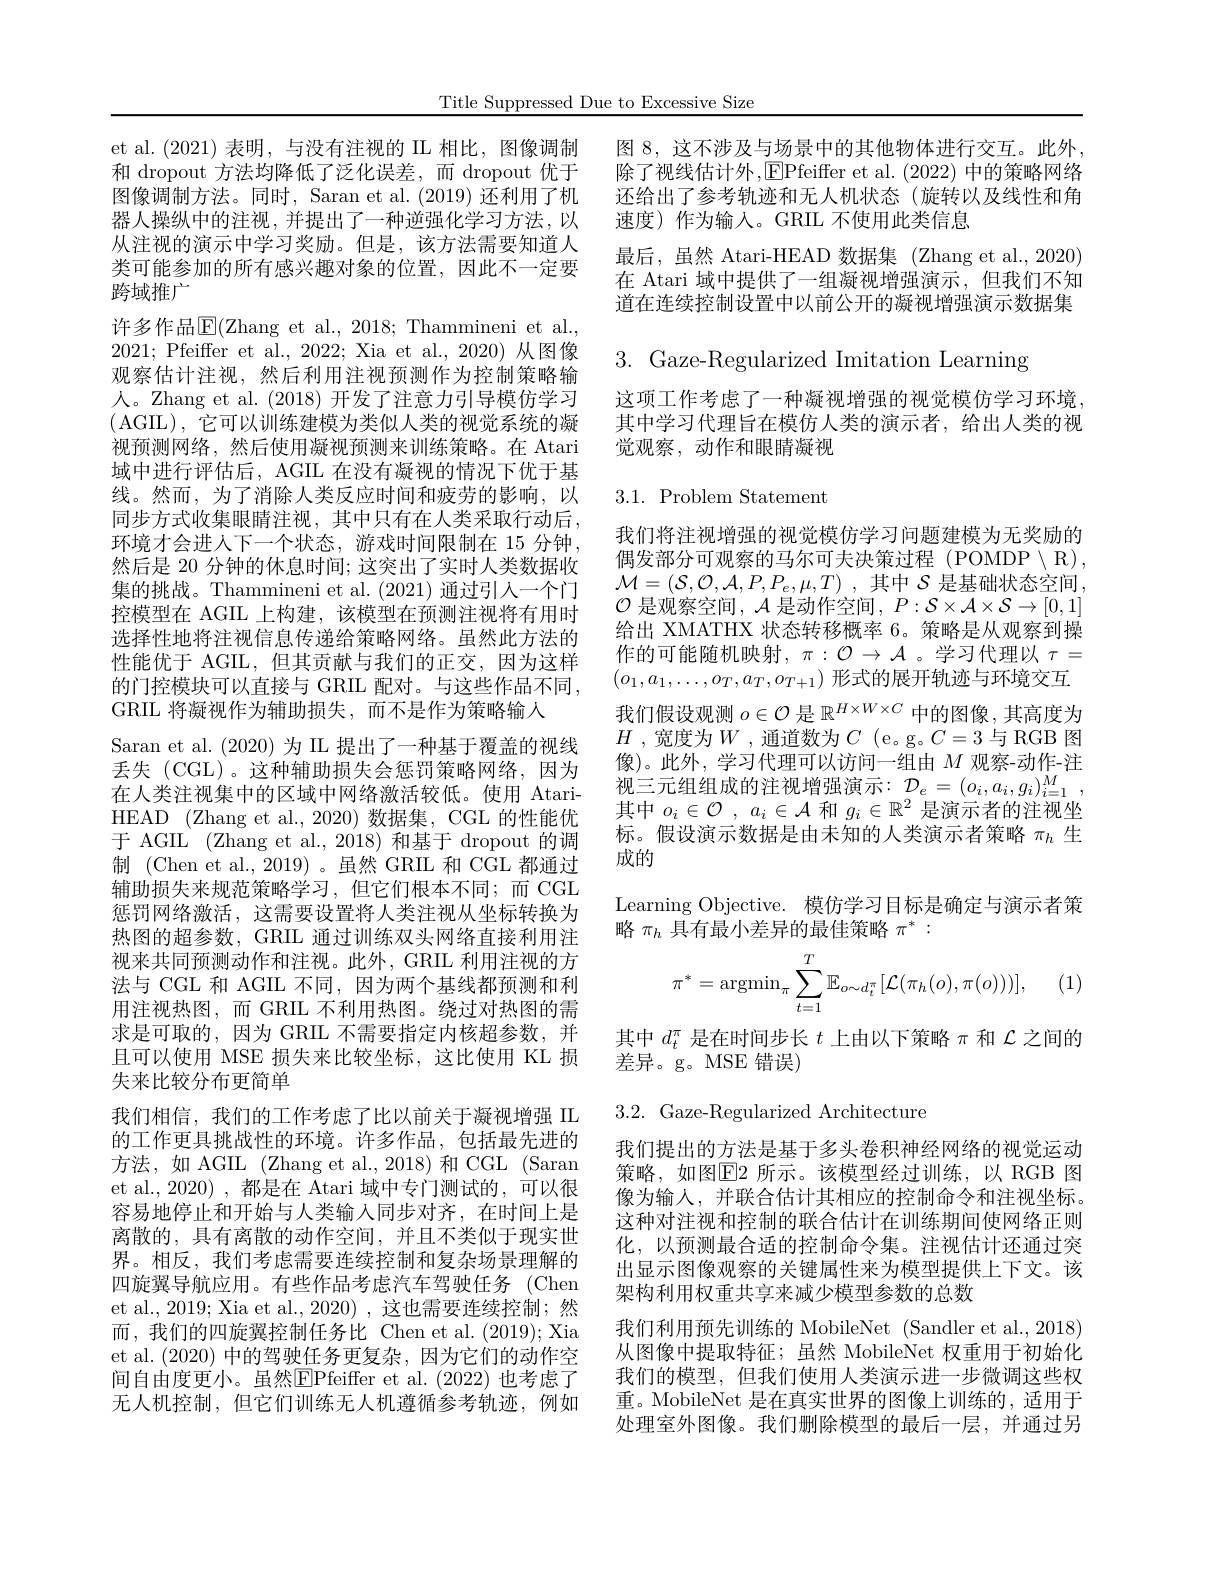
Title Suppressed Due to Excessive Size

et al.(2021)表明，与没有注视的 IIL 相比，图像调制和 dropout 方法均降低了泛化误差，而 dropout 优于图像调制方法。同时，Saran et al. (2019)还利用了机器人操纵中的注视，并提出了一种逆强化学习方法，以从注视的演示中学习奖励。但是，该方法需要知道人类可能参加的所有感兴趣对象的位置，因此不一定要跨域推广
许多作品$\operatorname{\overline{\mathrm{E}}}($Zhang et al., 2018; Thammineni et al., 2021;Pfeiffer et al.,2022; Xia et al.,2020)从图像观察估计注视，然后利用注视预测作为控制策略输人。Zhang et al. (2018) 开发了注意力引导模仿学习(AGIL), 它可以训练建模为类似人类的视觉系统的凝视预测网络，然后使用凝视预测来训练策略。在 Atari 域中进行评估后，AGIL 在没有凝视的情况下优于基线。然而，为了消除人类反应时间和疲劳的影响，以同步方式收集眼睛注视，其中只有在人类采取行动后， 环境才会进人下一个状态，游戏时间限制在 15 分钟， 然后是 20 分钟的休息时间；这突出了实时人类数据收集的挑战。Thammineni et al. (2021) 通过引人一个门控模型在 AGIL 上构建，该模型在预测注视将有用时选择性地将注视信息传递给策略网络。虽然此方法的性能优于 AGIL,但其贡献与我们的正交，因为这样的门控模块可以直接与 GRIL 配对。与这些作品不同， GRIL 将凝视作为辅助损失，而不是作为策略输入
Saran et al. (2020)为 II 提出了一种基于覆盖的视线丢失(CGL)。这种辅助损失会惩罚策略网络，因为在人类注视集中的区域中网络激活较低。使用 AtariHEAD (Zhang et al., 2020) 数据集，CGL 的性能优于 AGIL (Zhang et al.,2018)和基于 dropout 的调制 (Chen et al., 2019)。虽然 GRIL 和 CGL 都通过辅助损失来规范策略学习，但它们根本不同；而 CGL 惩罚网络激活，这需要设置将人类注视从坐标转换为热图的超参数，GRIL 通过训练双头网络直接利用注视来共同预测动作和注视。此外，GRIL 利用注视的方法与 CGL 和 AGIL 不同，因为两个基线都预测和利用注视热图，而 GRIL 不利用热图。绕过对热图的需求是可取的，因为 GRIL 不需要指定内核超参数，并且可以使用 MSE 损失来比较坐标，这比使用 KL 损失来比较分布更简单
我们相信，我们的工作考虑了比以前关于凝视增强 IIL 的工作更具挑战性的环境。许多作品，包括最先进的方法，如 AGIL (Zhang et al., 2018) 和 CGL (Saran et al., 2020) , 都是在 Atari 域中专门测试的，可以很容易地停止和开始与人类输入同步对齐，在时间上是离散的，具有离散的动作空间，并且不类似于现实世界。相反，我们考虑需要连续控制和复杂场景理解的四旋翼导航应用。有些作品考虑汽车驾驶任务 (Chen et al., 2019; Xia et al., 2020) ,这也需要连续控制；然而，我们的四旋翼控制任务比 Chen et al.(2019); Xia et al. (2020)中的驾驶任务更复杂，因为它们的动作空间自由度更小。虽然$\boxed{\mathrm{FPfeiffer~et~al.~}}(2022)$ 也考虑了无人机控制，但它们训练无人机遵循参考轨迹，例如

图 8, 这不涉及与场景中的其他物体进行交互。此外， 除了视线估计外，EPfeiffer et al.(2022) 中的策略网络还给出了参考轨迹和无人机状态(旋转以及线性和角速度)作为输入。GRIL 不使用此类信息
最后，虽然 Atari-HEAD 数据集 (Zhang et al.,2020) 在 Atari 域中提供了一组凝视增强演示，但我们不知道在连续控制设置中以前公开的凝视增强演示数据集

3. Gaze-Regularized Imitation Learning

这项工作考虑了一种凝视增强的视觉模仿学习环境， 其中学习代理旨在模仿人类的演示者，给出人类的视觉观察，动作和眼睛凝视

# 3.1. Problem Statement

我们将注视增强的视觉模仿学习问题建模为无奖励的偶发部分可观察的马尔可夫决策过程 (POMDP$\setminus$R), $\mathcal{M}=\left(\mathcal{S},\mathcal{O},\mathcal{A},P,P_{e},\mu,T\right)$,其中$\mathcal{S}$是基础状态空间， $\mathcal{O}$是观察空间，$\mathcal{A}$是动作空间$,P:\mathcal{S}\times\mathcal{A}\times\mathcal{S}\to[0,1]$ 给出 XMATHX 状态转移概率 6。策略是从观察到操作的可能随机映射$,\pi:\mathcal{O}\to\mathcal{A}$。学习代理以 $\tau=$ $(o_1,a_1,\ldots,o_T,a_T,o_{T+1})$形式的展开轨迹与环境交互我们假设观测$o\in\mathcal{O}$是$\mathbb{R}^H\times W\times C$中的图像 ,其高度为$H$ ,宽度为$W$ ,通道数为$C$ (e。g。$C=3$ 与 RGB 图像)。此外，学习代理可以访问一组由$M$观察-动作-注视三元组组成的注视增强演示：$\mathcal{D}_e=(o_i,a_i,g_i)_{i=1}^M$, 其中$o_i\in \mathcal{O}$ , $a_i\in \mathcal{A}$和$g_i\in\mathbb{R}^2$是演示者的注视坐标。假设演示数据是由未知的人类演示者策略$\pi_{h}$生成的
Learning Objective. 模仿学习目标是确定与演示者策

略$\pi_h$具有最小差异的最佳策略$\pi^*:$
$$\pi^*=\operatorname{argmin}_\pi\sum_{t=1}^T\mathbb{E}_{o\sim d_t^\pi}[\mathcal{L}(\pi_h(o),\pi(o)))],$$
(1)

其中$d_t^\pi$是在时间步长$t$上由以下策略$\pi$和$\mathcal{L}$之间的
差异。g。MSE 错误)

3.2. Gaze-Regularized Architecture

我们提出的方法是基于多头卷积神经网络的视觉运动策略，如图$\overline{\mathrm{E}}$2 所示。该模型经过训练，以 RGB 图像为输人，并联合估计其相应的控制命令和注视坐标。这种对注视和控制的联合估计在训练期间使网络正则化，以预测最合适的控制命令集。注视估计还通过突出显示图像观察的关键属性来为模型提供上下文。该架构利用权重共享来减少模型参数的总数
我们利用预先训练的 MobileNet (Sandler et al., 2018) 从图像中提取特征；虽然 MobileNet 权重用于初始化我们的模型，但我们使用人类演示进一步微调这些权重。MobileNet 是在真实世界的图像上训练的，适用于处理室外图像。我们删除模型的最后一层，并通过另